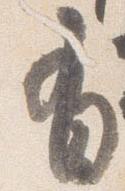
有